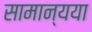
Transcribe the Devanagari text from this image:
सामान्यया